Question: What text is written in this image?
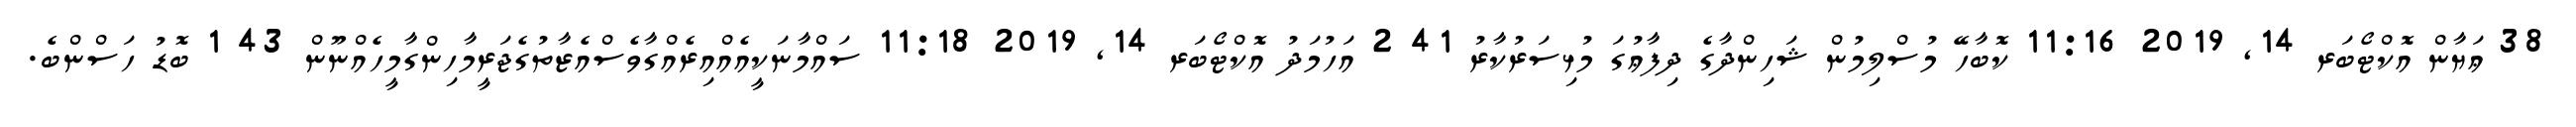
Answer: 38 ޢަޔާން އޮކްޓޯބަރ 14, 2019 11:16 ކޮބާހޭ މުސްލިމުން ޝަހިންދާގެ ދިފާޢުގަ މުޅިސަރުކާރު 41 2 އަހުމަދު އޮކްޓޯބަރ 14, 2019 11:18 ސައްމާނަކީއެއްއިރެއްގާވެސްއެޒާތުގެޖަރީމާހިންގާމީހެއްނޫން 43 1 ބޮޑު ހަސްންބެ.